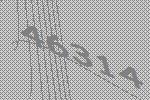
46314